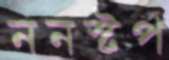
ননস্টপ